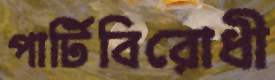
পার্টিবিরোধী